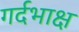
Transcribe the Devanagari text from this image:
गर्दभाक्ष